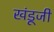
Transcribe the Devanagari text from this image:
खंडूजी